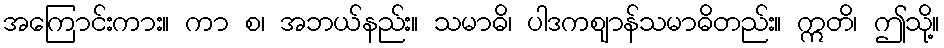
အကြောင်းကား။ ကာ စ၊ အဘယ်နည်း။ သမာဓိ၊ ပါဒကဈာန်သမာဓိတည်း။ ဣတိ၊ ဤသို့။